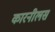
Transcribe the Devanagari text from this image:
कारनीलस